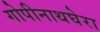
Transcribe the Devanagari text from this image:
गोपीनाथघेरा